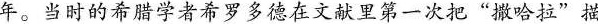
年。当时的希腊学者希罗多德在文献里第一次把”撒哈拉”描